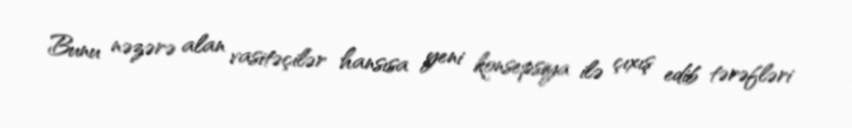
Bunu nəzərə alan vasitəçilər hansısa yeni konsepsiya ilə çıxış edib tərəfləri